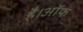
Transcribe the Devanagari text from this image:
है।ऑफ